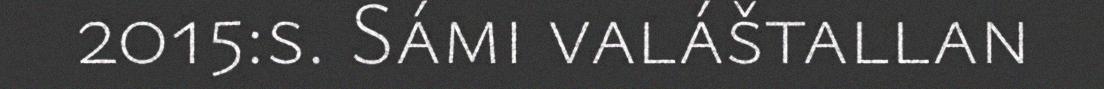
2015:s. Sámi valáštallan